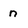
Character: n